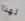
لهذا